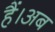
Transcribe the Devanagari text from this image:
हैं।अब